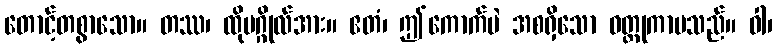
တောင့်တစွာသော။ တဿ၊ ထိုပဂ္ဂိုလ်အား။ ဧတံ၊ ဤကောက်ပဲ အစရှိသော ဝတ္ထုကာမသည်။ ဝါ၊